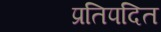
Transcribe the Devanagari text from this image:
प्रतिपदित